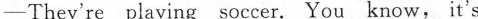
—They're playing soccer. You know, it's